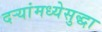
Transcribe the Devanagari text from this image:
दऱ्यांमध्येसुद्धा